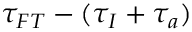
\tau _ { F T } - ( \tau _ { I } + \tau _ { a } )